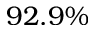
9 2 . 9 \%